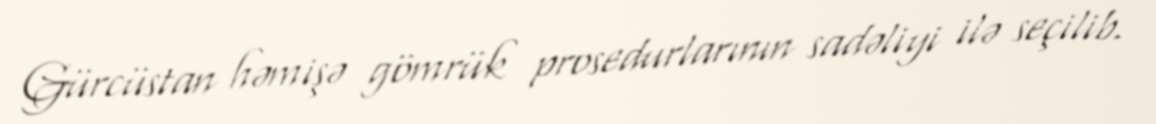
Gürcüstan həmişə gömrük prosedurlarının sadəliyi ilə seçilib.